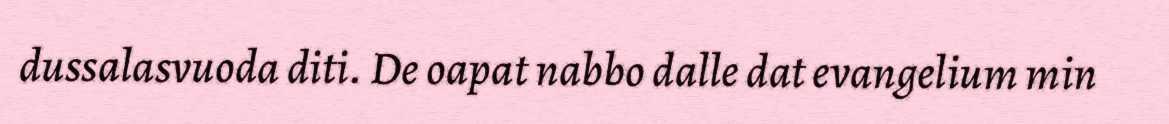
dussalasvuoda diti. De oapat nabbo dalle dat evangelium min